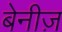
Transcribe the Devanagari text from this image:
बेनीज़